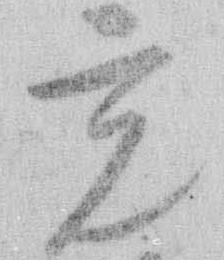
充